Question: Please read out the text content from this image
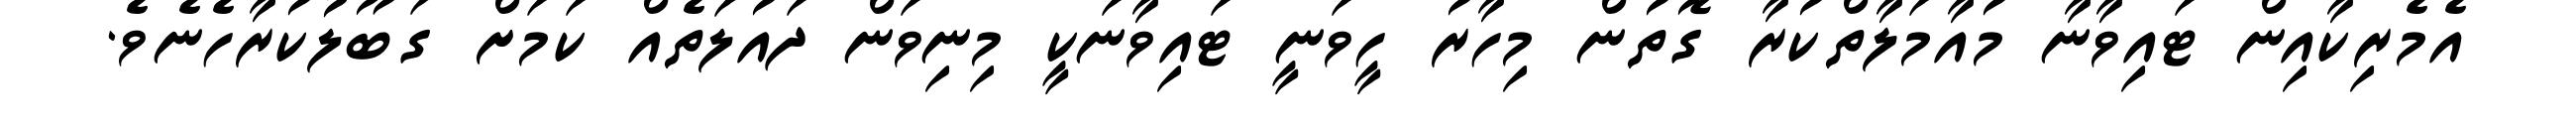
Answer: އެމެރިކާއިން ޓައިވާނާ މުއާމަލާތްކުރާ ގޮތުން މިހާރު ހީވަނީ ޓައިވާނަކީ މިނިވަން ދައުލަތެއް ކަމަށް ގަބޫލުކުރާހެނެވެ.